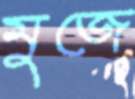
মুজে